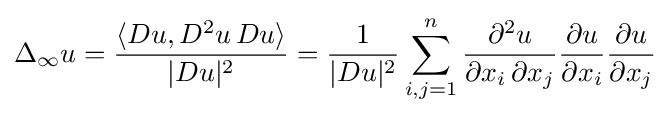
\Delta _{\infty }u={\frac {\langle Du,D^{2}u\,Du\rangle }{|Du|^{2}}}={\frac {1}{|Du|^{2}}}\sum _{i,j=1}^{n}{\frac {\partial ^{2}u}{\partial x_{i}\,\partial x_{j}}}{\frac {\partial u}{\partial x_{i}}}{\frac {\partial u}{\partial x_{j}}}